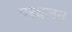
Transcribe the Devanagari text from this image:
परचलन